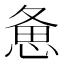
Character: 惫